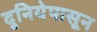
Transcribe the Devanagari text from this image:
दुनियेपासून